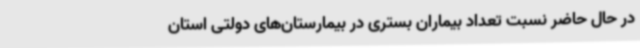
در حال حاضر نسبت تعداد بیماران بستری در بیمارستان‌های دولتی استان